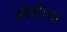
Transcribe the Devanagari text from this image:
हंहेरीच्या